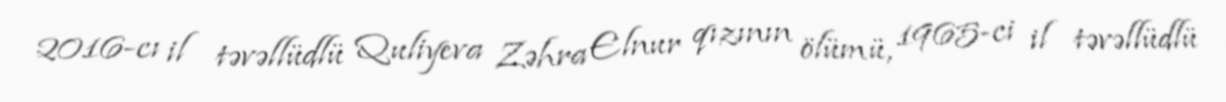
2016-cı il təvəllüdlü Quliyeva Zəhra Elnur qızının ölümü, 1965-ci il təvəllüdlü